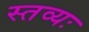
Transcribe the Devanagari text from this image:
स्तव्यः